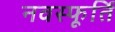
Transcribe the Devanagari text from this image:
नवस्फूर्ति